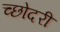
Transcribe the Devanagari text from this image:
च्छोदरी